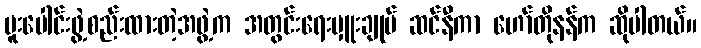
ပူးပေါင်းဖွဲ့စည်းထားတဲ့အဖွဲ့က အတွင်းရေးမှူးချုပ် ဆင်နီကာ ဟော်တိုနန်က ဆိုပါတယ်။